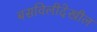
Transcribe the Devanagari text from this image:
बसविलीदेखील